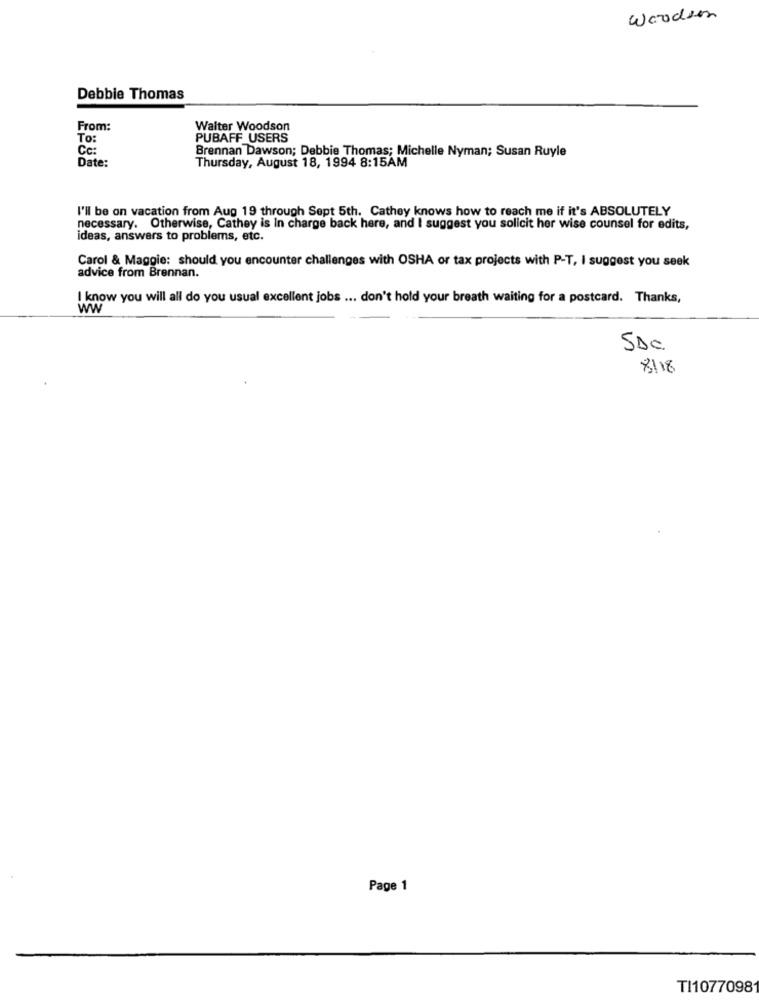
Woodsen
Debbie Thomas
From:
Walter Woodson
To:
PUBAFF_USERS
Cc:
Date:
Brennan Dawson; Debbie Thomas; Michelle Nyman; Susan Ruyle
Thursday, August 18, 1994 8:15AM
I'll be on vacation from Aug 19 through Sept 5th. Cathey knows how to reach me if it's ABSOLUTELY
necessary. Otherwise, Cathey is In charge back here, and I suggest you solicit her wise counsel for edits,
ideas, answers to problems, etc.
Carol & Maggie: should you encounter challenges with OSHA or tax projects with P-T, I suggest you seek
advice from Brennan.
I know you will all do you usual excellent jobs ... don't hold your breath waiting for a postcard. Thanks,
Ww
5DC.
8118
Page 1
TI1077098